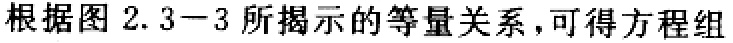
根据图2.3−3所揭示的等量关系，可得方程组